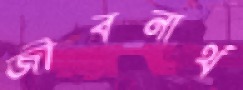
জীবনার্থ